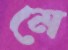
মে